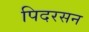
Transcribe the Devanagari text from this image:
पिदरसन